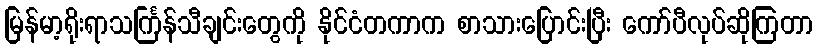
မြန်မာ့ရိုးရာသင်္ကြန်သီချင်းတွေကို နိုင်ငံတကာက စာသားပြောင်းပြီး ကော်ပီလုပ်ဆိုကြတာ